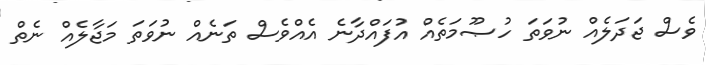
ވެސް ޖަދަލެއް ނުވަތަ ހުޞޫމަތެއް އުފައްދާނެ އެއްވެސް ތަނެއް ނުވަތަ މަޖާލެއް ނެތް